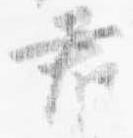
君